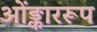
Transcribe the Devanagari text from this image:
ओंङ्काररूप